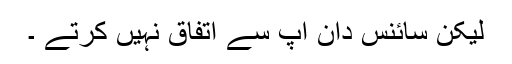
لیکن سائنس دان آپ سے اتفاق نہیں کرتے ۔